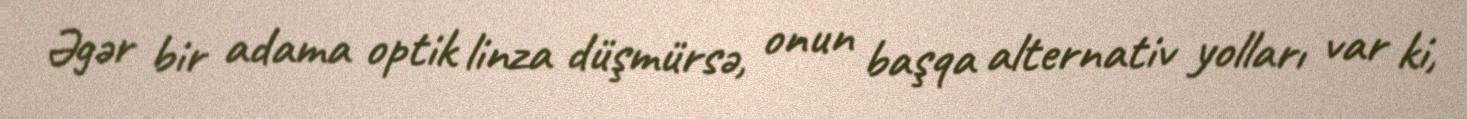
Əgər bir adama optik linza düşmürsə, onun başqa alternativ yolları var ki,